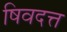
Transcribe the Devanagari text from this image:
षिवदत्त